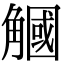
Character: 𧤯